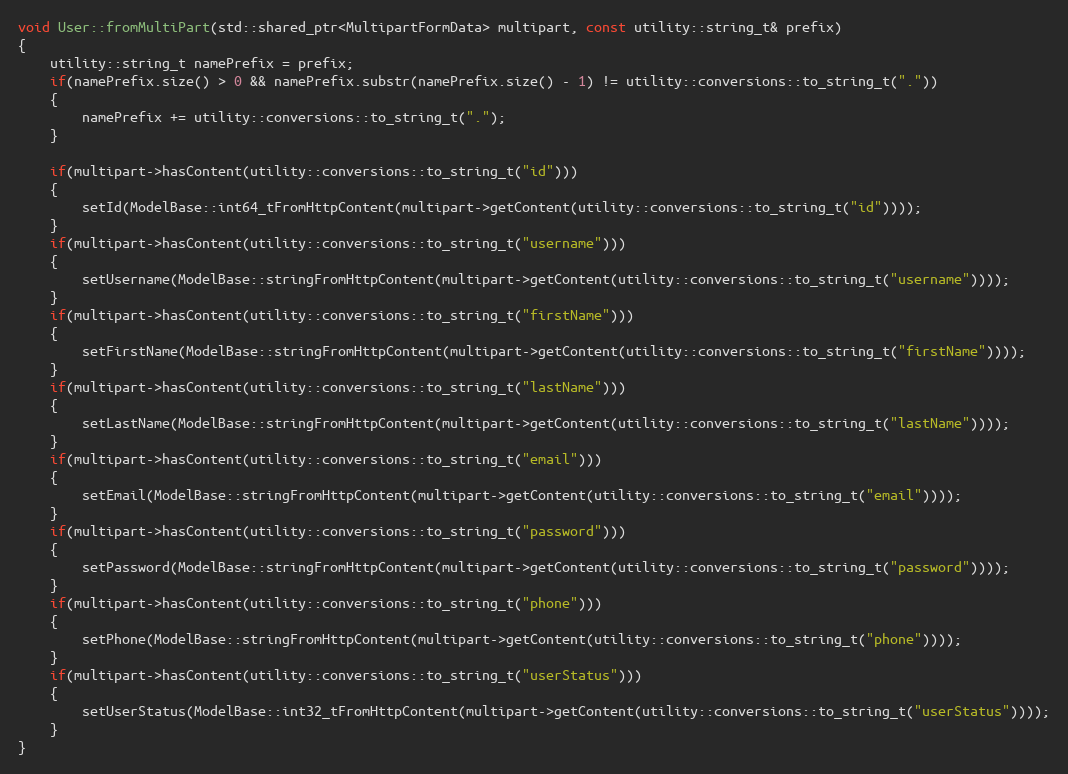
Language: C++
void User::fromMultiPart(std::shared_ptr<MultipartFormData> multipart, const utility::string_t& prefix)
{
    utility::string_t namePrefix = prefix;
    if(namePrefix.size() > 0 && namePrefix.substr(namePrefix.size() - 1) != utility::conversions::to_string_t("."))
    {
        namePrefix += utility::conversions::to_string_t(".");
    }

    if(multipart->hasContent(utility::conversions::to_string_t("id")))
    {
        setId(ModelBase::int64_tFromHttpContent(multipart->getContent(utility::conversions::to_string_t("id"))));
    }
    if(multipart->hasContent(utility::conversions::to_string_t("username")))
    {
        setUsername(ModelBase::stringFromHttpContent(multipart->getContent(utility::conversions::to_string_t("username"))));
    }
    if(multipart->hasContent(utility::conversions::to_string_t("firstName")))
    {
        setFirstName(ModelBase::stringFromHttpContent(multipart->getContent(utility::conversions::to_string_t("firstName"))));
    }
    if(multipart->hasContent(utility::conversions::to_string_t("lastName")))
    {
        setLastName(ModelBase::stringFromHttpContent(multipart->getContent(utility::conversions::to_string_t("lastName"))));
    }
    if(multipart->hasContent(utility::conversions::to_string_t("email")))
    {
        setEmail(ModelBase::stringFromHttpContent(multipart->getContent(utility::conversions::to_string_t("email"))));
    }
    if(multipart->hasContent(utility::conversions::to_string_t("password")))
    {
        setPassword(ModelBase::stringFromHttpContent(multipart->getContent(utility::conversions::to_string_t("password"))));
    }
    if(multipart->hasContent(utility::conversions::to_string_t("phone")))
    {
        setPhone(ModelBase::stringFromHttpContent(multipart->getContent(utility::conversions::to_string_t("phone"))));
    }
    if(multipart->hasContent(utility::conversions::to_string_t("userStatus")))
    {
        setUserStatus(ModelBase::int32_tFromHttpContent(multipart->getContent(utility::conversions::to_string_t("userStatus"))));
    }
}